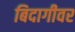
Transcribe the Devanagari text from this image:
बिदागीवर